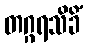
တဂ္ဂရသိခိံ